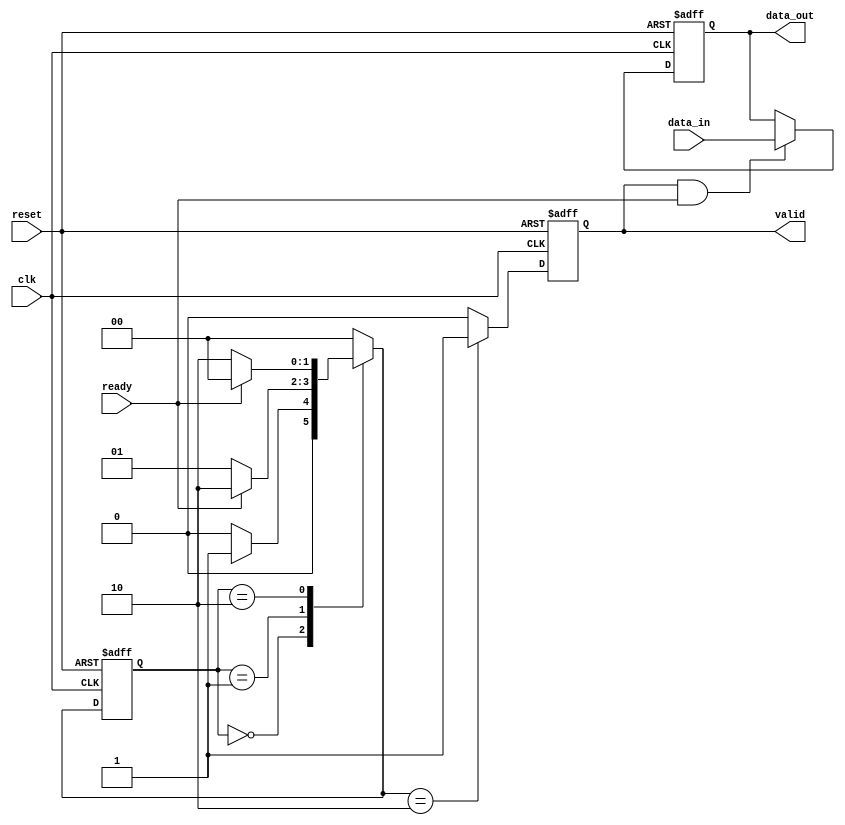
module ready_valid_handshake (
    input  wire         clk,       // Clock signal
    input  wire         reset,     // Reset signal
    input  wire [7:0]   data_in,   // Input data for sender
    output reg  [7:0]   data_out,  // Output data for receiver
    output reg          valid,      // Valid signal from sender
    input  wire         ready       // Ready signal from receiver
);

    // Sender state definitions
    localparam IDLE = 2'b00;
    localparam VALIDATING = 2'b01;
    localparam SENDING = 2'b10;

    reg [1:0] sender_state;
    reg [1:0] next_sender_state;

    // Receiver state definitions
    localparam RECEIVING = 1'b0;
    localparam PROCESSING = 1'b1;

    reg receiver_state;

    // Sender logic
    always @(posedge clk or posedge reset) begin
        if (reset) begin
            sender_state <= IDLE;
            valid <= 1'b0;
        end else begin
            sender_state <= next_sender_state;
            if (next_sender_state == SENDING) begin
                valid <= 1'b1;   // Assert valid when sending data
            end else begin
                valid <= 1'b0;   // Deassert valid otherwise
            end
        end
    end

    always @(*) begin
        case (sender_state)
            IDLE: begin
                if (data_in_valid) // Assuming data_in_valid is a signal indicating data is ready to be sent
                    next_sender_state = VALIDATING;
                else
                    next_sender_state = IDLE;
            end
            VALIDATING: begin
                if (ready) 
                    next_sender_state = SENDING;
                else
                    next_sender_state = VALIDATING;
            end
            SENDING: begin
                if (ready)
                    next_sender_state = IDLE; // Go back to IDLE after sending
                else
                    next_sender_state = SENDING; // Stay in SENDING if ready is still asserted
            end
            default: next_sender_state = IDLE;
        endcase
    end

    // Receiver logic
    always @(posedge clk or posedge reset) begin
        if (reset) begin
            receiver_state <= RECEIVING;
            data_out <= 8'b0;
        end else begin
            if (valid && ready) begin
                data_out <= data_in; // Capture the incoming valid data
            end
            
            // Manage receiver state based on valid and readiness
            case (receiver_state)
                RECEIVING: begin
                    if (valid)
                        receiver_state <= PROCESSING;
                end
                PROCESSING: begin
                    if (!valid)
                        receiver_state <= RECEIVING; // Go back to RECEIVING when valid is low
                end
            endcase
        end
    end
endmodule